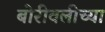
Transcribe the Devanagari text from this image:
बोरीवलीच्या